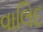
વાલિદ